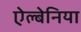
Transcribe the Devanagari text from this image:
ऐल्बेनिया